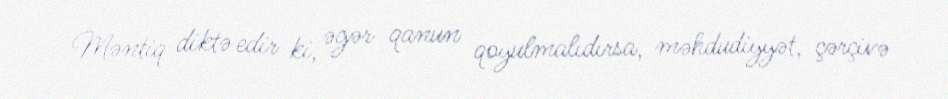
Məntiq diktə edir ki, əgər qanun qoyulmalıdırsa, məhdudiyyət, çərçivə